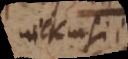
Wilkinsii